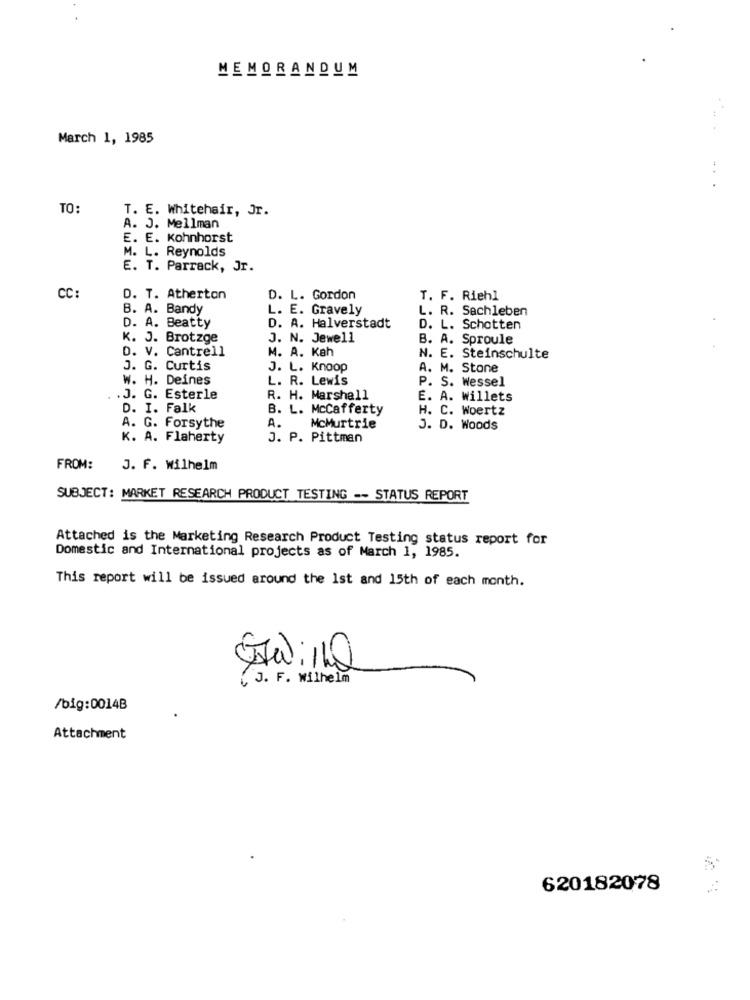
MEMORANDUM
March 1, 1985
...
TO:
T. E. Whitehair, Jr.
A. J. Mellman
E. E. Kohnhorst
M. L. Reynolds
E. T. Parrack, Jr.
CC:
D. T. Atherton
D. L. Gordon
T. F. Riehl
B. A. Bandy
L. E. Gravely
L. R. Sachleben
D. A. Beatty
D. A. Halverstadt
D. L. Schotten
K. J. Brotzge
J. N. Jewell
B. A. Sproule
D. V. Cantrell
M. A. Kah
N. E. Steinschulte
J. G. Curtis
J. L. Knoop
A. M. Stone
W. H. Deines
L. R. Lewis
P. S. Wessel
.J. G. Esterle
R. H. Marshall
E. A. Willets
D. I. Falk
B. L. Mccafferty
H. C. Woertz
A. G. Forsythe
McMurtrie
J. D. Woods
K. A. Flaherty
J. P. Pittman
FROM:
J. F. Wilhelm
SUBJECT: MARKET RESEARCH PRODUCT TESTING -- STATUS REPORT
Attached is the Marketing Research Product Testing status report for
Domestic and International projects as of March 1, 1985.
This report will be issued around the 1st and 15th of each month.
Estalinha
{J. F. wilhelm
/big:0014B
Attachment
620182078